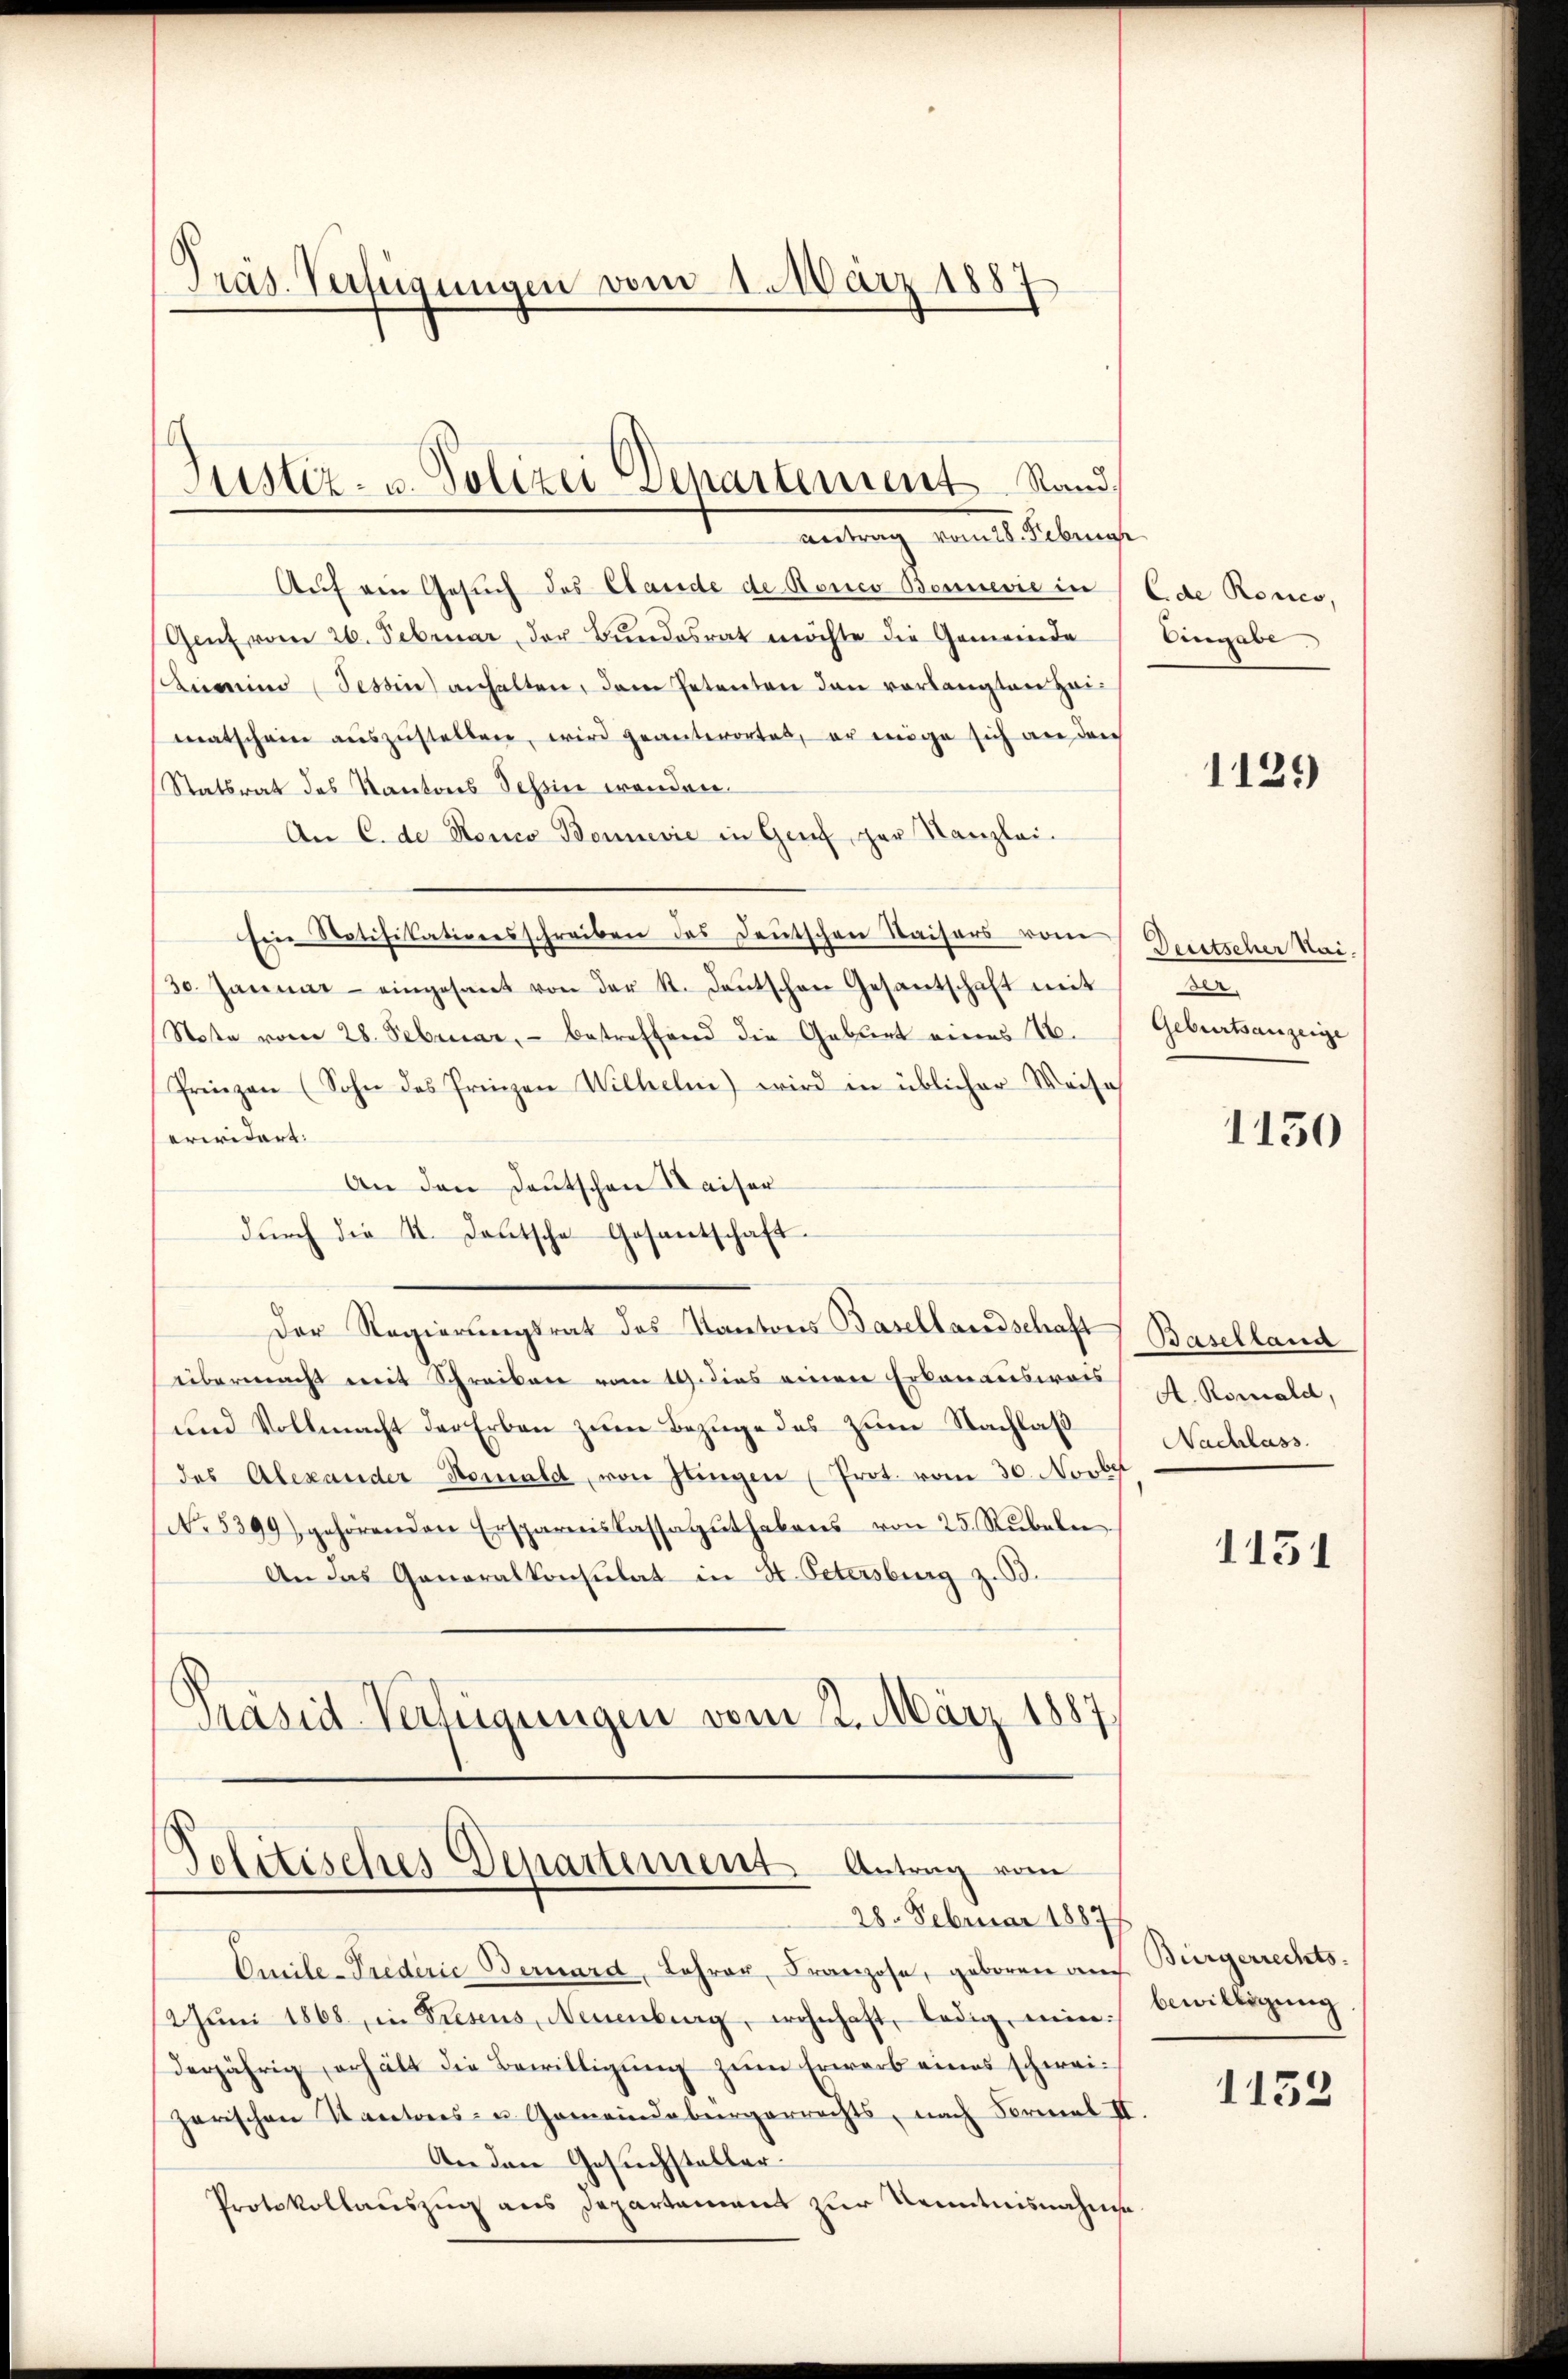
Präs. Verfügungen vom 1. März 1887

Justiz- u. Polizei-Separtement Stand,
Antrag vom 28. Februar

Auf ein Gesuch des Stande de Ronco Bennević in
Gent vom 26. Februar der Bŭndesrat möchte die Gemeinde
simino Tessin anhalten, dem Petenten den vorlangten Heimatscheine auszustellen, wird geanterortet, er möge sich an den
Statsrat des Kantons Schein wenden.
An C. de Ronco Bennević in Genf, ger Kanzlei-
sine Notifikationsschreiben des Deutschen Kaisers vom
30. Januar - eingesant von der R. deŭtschen Gesantschaft mit
Note vom 28. Februar, - betreffend die Geburt eines 16.
Prinzen (Sohn das Prinzen Wilhelm) wird in üblicher Weise
erwidert:
An den Deutschen Kaiser
durch die II. Deutsche Gosantschaft
Der Regierungsrat des Kantons Basellandschaft Baselland
übermacht mit Schreiben vom 19. dies einen Erkannausweis
und Vollmacht der Erben zum Bezuge des zum Nachlaß
(des Alexander Nomald, von Jungen (Prot. vom 30. Novber
No. 5399) gehörenden Erspareiskassagŭthabens von 25. Rŭbeln
An das Generalkonsulat in St. Petersburg z. B.
Präsid-Verfügungen vom 2. März 1887

Politisches Departement Antrag vom
28. Februar 1887

Emile- Predirie Bernard, Lehrer, Franzose, geboren auch Bürgerrechts-
2Jŭni 1868, in Presens, Neuenburg, wohnhaft, ledig, mein Gewittigŭng
derjährig erhält die Bewilligung zum Erwarb eines schwei¬
Zarischen Kantones- u. Gemeindebürgerrechts, nach Formal II.
Anden Gesuchsteller.
Protokollauszug aus Departement zur Kenntnisnahme

C. de Ronco,
Eingabe.

1129

Deutscher Mai.
.
Geburtsanzeige

1150

A. Romald,
Nachlass.

1131

1132